Lunatic asylums in Bengal annual reports 1912-1924 - 1912-1924
Year: 1912
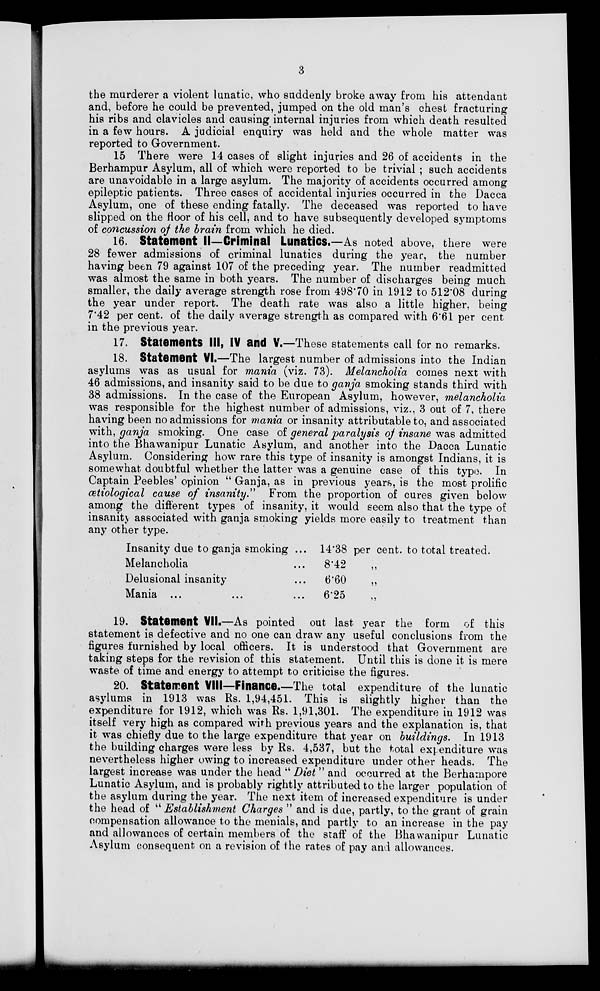
3
the murderer a violent lunatic, who suddenly broke away from his attendant
and, before he could be prevented, jumped on the old man's chest fracturing
his ribs and clavicles and causing internal injuries from which death resulted
in a few hours. A judicial enquiry was held and the whole matter was
reported to Government.
15 There were 14 cases of slight injuries and 26 of accidents in the
Berhampur Asylum, all of which were reported to be trivial ; such accidents
are unavoidable in a large asylum. The majority of accidents occurred among
epileptic patients. Three cases of accidental injuries occurred in the Dacca
Asylum, one of these ending fatally. The deceased was reported to have
slipped on the floor of his cell. and to have subsequently developed symptoms
of concussion of the brain from which he died.
16. Statement II—Criminal Lunatics.—As noted above, there were
28 fewer admissions of criminal lunatics during the year, the number
having been 79 against 107 of the preceding year. The number readmitted
was almost the same in both years. The number of discharges being much
smaller, the daily average strength rose from 498.70 in 1912 to 512.08 during
the year under report. The death rate was also a little higher. being
7.42 per cent. of the daily average strength as compared with 6.61 per cent
in the previous year.
17. Statements III, IV and V.—These statements call for no remarks.
18. Statement VI.—The largest number of admissions into the Indian
asylums was as usual for mania (viz. 73). Melancholia comes next with
46 admissions, and insanity said to be due to ganja smoking stands third with
38 admissions. In the case of the European Asylum, however, melancholia
was responsible for the highest number of admissions, viz., 3 out of 7, there
having been no admissions for mania or insanity attributable to, and associated
with, ganja smoking. One case of general paralysis of insane was admitted
into the Bhawanipur Lunatic Asylum, and another into the Dacca Lunatic
Asylum. Considering how rare this type of insanity is amongst Indians, it is
somewhat doubtful whether the latter was a genuine case of this type. In
Captain Peebles' opinion " Ganja, as in previous years, is the most prolific
cetiological cause of insanity."
From the proportion of cures given below
among the different types of insanity, it would seem also that the type of
insanity associated with ganja smoking yields more easily to treatment than
any other type.
Insanity due to ganja smoking ...
Melancholia ...
Delusional insanity ...
Mania
...
...
...
14'38 per cent. to total treated.
8.42
6.60
6.25
19. Statement VII.—As pointed out last year the form of this
statement is defective and no one can draw any useful conclusions from the
figures furnished by local officers. It is understood that Government are
taking steps for the revision of this statement. Until this is done it is mere
waste of time and energy to attempt to criticise the figures.
20. Statement VIII—Finance.—The total expenditure of the lunatic
asylums in 1913 was Rs. 1,94,451. This is slightly higher than the
expenditure for 1912, which was Rs. 1,91,301. The expenditure in 1912 was
itself very high as compared with previous years and the explanation is, that
it was chiefly due to the large expenditure that year on buildings. In 1913
the building charges were less by Rs. 4,537, but the total expenditure was
nevertheless higher owing to increased expenditure under other heads. The
largest increase was under the head "Diet " and occurred at the Berhampore
Lunatic Asylum, and is probably rightly attributed to the larger population of
the asylum during the year. The next item of increased expenditure is under
the head of " Establishment Charges " and is due, partly, to the grant of grain
compensation allowance to the menials, and partly to an increase in the pay
and allowances of certain members of the staff of the Bhawanipur Lunatic
Asylum consequent on a revision of the rates of pay and allowances.